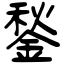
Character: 鍫